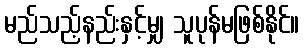
မည်သည့်နည်းနှင့်မျှ သူပုန်မဖြစ်နိုင်။